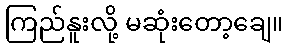
ကြည်နူးလို့ မဆုံးတော့ချေ။